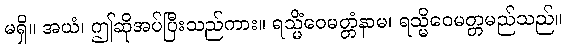
မရှိ။ အယံ၊ ဤဆိုအပ်ပြီးသည်ကား။ ရသ္မိံဝေမတ္တံနာမ၊ ရသ္မိဝေမတ္တမည်သည်။